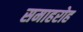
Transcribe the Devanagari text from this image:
समाहरोह